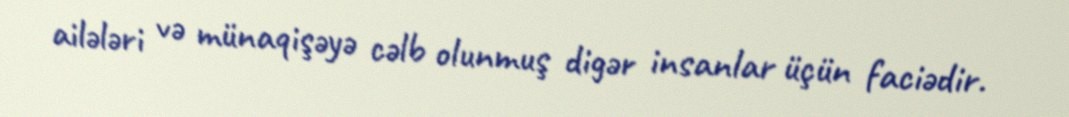
ailələri və münaqişəyə cəlb olunmuş digər insanlar üçün faciədir.